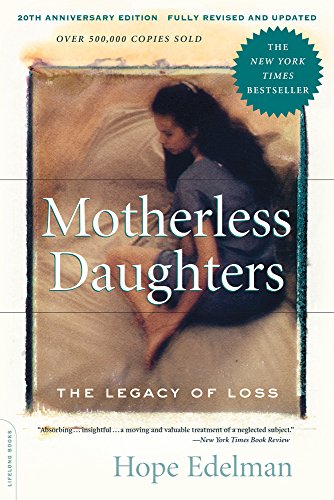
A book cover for Motherless Daughters: The Legacy of Loss, 20th Anniversary Edition; Hope Edelman; Self-Help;